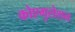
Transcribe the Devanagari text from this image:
कोएगुलेशन